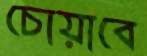
চোয়াবে